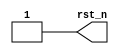
module rst_gen(
rst_n
);
output rst_n;
//--------------------------
reg rst_n;

initial begin
				rst_n <= 1'b1;
	#200	rst_n <= 1'b0;
	#300	rst_n <= 1'b1;
end

task do_reset;
begin
		rst_n <= 1'b0;
	#300 rst_n <= 1'b1;
end
endtask

endmodule